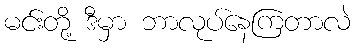
မင်းတို့ ဒီမှာ ဘာလုပ်နေကြတာလဲ